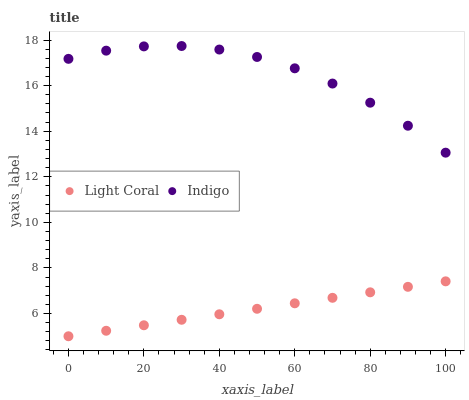
| xaxis_label | Light Coral | Indigo |
 | --- | --- | --- |
 | 0 | 5 | 17.2 |
 | 10 | 5.24 | 17.5 |
 | 20 | 5.48 | 17.7 |
 | 30 | 5.72 | 17.7 |
 | 40 | 5.96 | 17.6 |
 | 50 | 6.21 | 17.3 |
 | 60 | 6.45 | 16.8 |
 | 70 | 6.69 | 16.1 |
 | 80 | 6.93 | 15.3 |
 | 90 | 7.17 | 14.2 |
 | 100 | 7.41 | 13.1 |